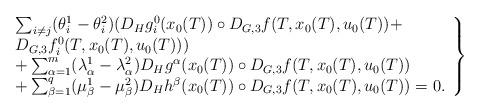
LaTeX: \begin{align*}\left.\begin{array}{l} \sum_{i\neq j} (\theta^1_i-\theta^2_i) (D_Hg_i^0(x_0(T))\circ D_{G,3}f(T,x_0(T),u_0(T))+\\D_{G,3}f_i^0(T,x_0(T),u_0(T))) \\+ \sum_{\alpha=1}^{m} (\lambda^1_\alpha-\lambda^2_\alpha) D_Hg^\alpha(x_0(T))\circ D_{G,3}f(T,x_0(T),u_0(T)) \\+\sum_{\beta=1}^{q} (\mu^1_\beta-\mu^2_\beta) D_Hh^\beta(x_0(T))\circ D_{G,3}f(T,x_0(T),u_0(T))=0.\end{array}\right\}\end{align*}